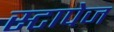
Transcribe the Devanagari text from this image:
स्टापेज